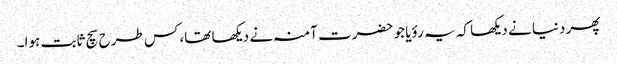
پھر دنیا نے دیکھا کہ یہ رؤیا جو حضرت آمنہ نے دیکھا تھا، کس طرح سچ ثابت ہوا۔